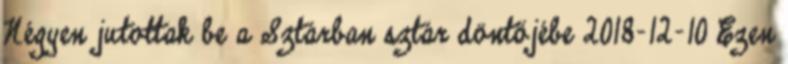
Négyen jutottak be a Sztárban sztár döntőjébe 2018-12-10 Ezen